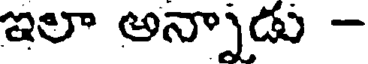
ఇలా అన్నాడు -